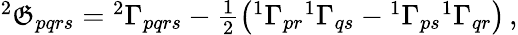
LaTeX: \begin{array}{r}{^{2}\mathfrak{G}_{pqrs}={^{2}\Gamma_{pqrs}}-\frac{1}{2}\left({^{1}\Gamma_{pr}}{^{1}\Gamma_{qs}}-{^{1}\Gamma_{ps}}{^{1}\Gamma_{qr}}\right)\, ,}\end{array}